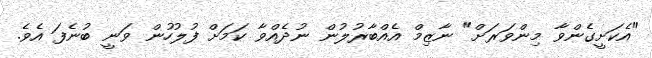
"އެކަށީގެންވާ މިންވަރަށް" ނާޒިމް އެއްބާރުލުން ނުދެއްވާ ކަމަށް ފުލުހުން ވަނީ ބުނެފަ އެވެ.